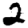
Digit: 2